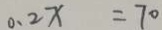
0 . 2 x = 7 0